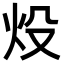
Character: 炈